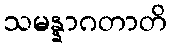
သမန္နာဂတာတိ